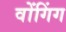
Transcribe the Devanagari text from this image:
वोंगिंग